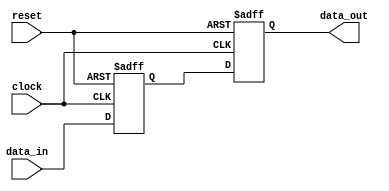
module synchronous_design (
    input wire clock,
    input wire reset,
    input wire [7:0] data_in,
    output reg [7:0] data_out
);
    
    // Internal state variable
    reg [7:0] register;

    // Sequential logic block triggered on the rising edge of the clock
    always @(posedge clock or posedge reset) begin
        if (reset) begin
            // Reset condition: initialize the register and output
            register <= 8'b0;
            data_out <= 8'b0;
        end else begin
            // Update state: load data into the register on clock edge
            register <= data_in;

            // Example operation: output the register value
            data_out <= register;
        end
    end

endmodule